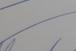
Signature authenticity: genuine